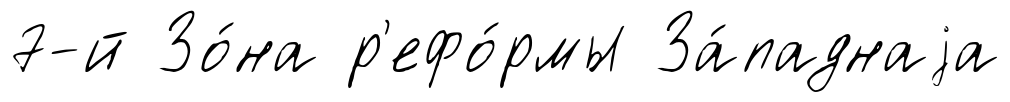
7-й Зо́на р'ефо́рмы За́паднаjа